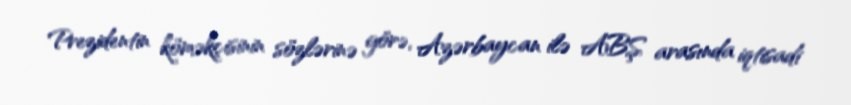
Prezidentin köməkçisinin sözlərinə görə, Azərbaycan ilə ABŞ arasında iqtisadi